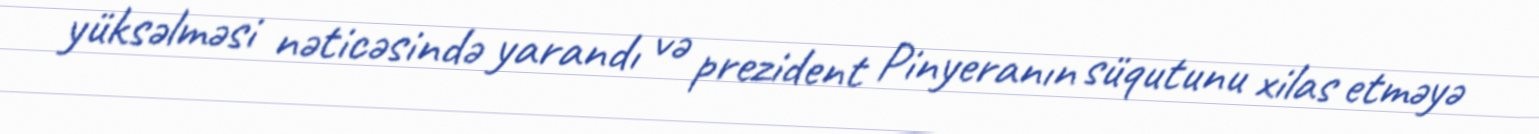
yüksəlməsi nəticəsində yarandı və prezident Pinyeranın süqutunu xilas etməyə